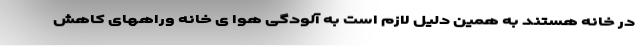
در خانه هستند به همین دلیل لازم است به آلودگی هوا ی خانه وراههای کاهش